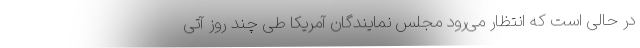
در حالی است که انتظار می‌رود مجلس نمایندگان آمریکا طی چند روز آتی